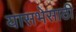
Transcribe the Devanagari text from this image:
यासभेसाठी